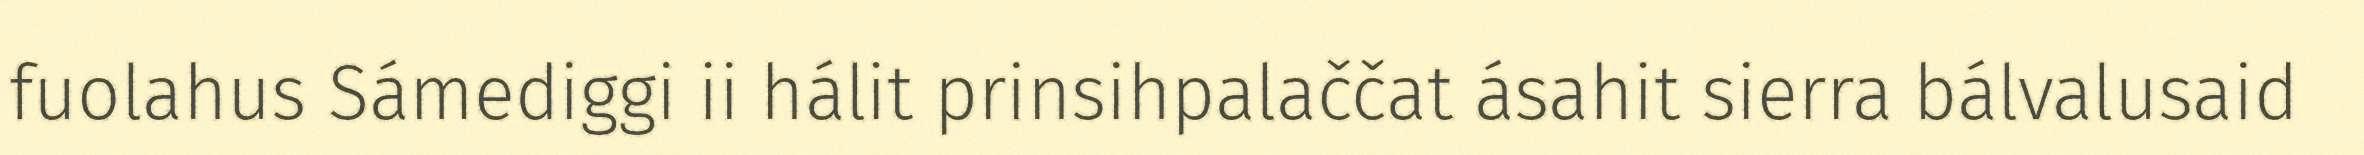
fuolahus Sámediggi ii hálit prinsihpalaččat ásahit sierra bálvalusaid